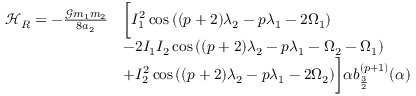
\begin{array} { r l } { \mathcal { H } _ { R } = - \frac { \mathcal { G } m _ { 1 } m _ { 2 } } { 8 a _ { 2 } } } & { \bigg [ I _ { 1 } ^ { 2 } \cos { ( ( p + 2 ) \lambda _ { 2 } - p \lambda _ { 1 } - 2 \Omega _ { 1 } ) } } \\ & { - 2 I _ { 1 } I _ { 2 } \cos { ( ( p + 2 ) \lambda _ { 2 } - p \lambda _ { 1 } - \Omega _ { 2 } - \Omega _ { 1 } ) } } \\ & { + I _ { 2 } ^ { 2 } \cos { ( ( p + 2 ) \lambda _ { 2 } - p \lambda _ { 1 } - 2 \Omega _ { 2 } ) } \bigg ] \alpha b _ { \frac { 3 } { 2 } } ^ { ( p + 1 ) } ( \alpha ) } \end{array}